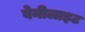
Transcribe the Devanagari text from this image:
बेनीलाइट